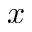
x